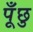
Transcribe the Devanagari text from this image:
पूँछु